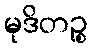
မုဒိတဉ္စ